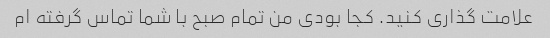
علامت گذاری کنید. کجا بودی من تمام صبح با شما تماس گرفته ام